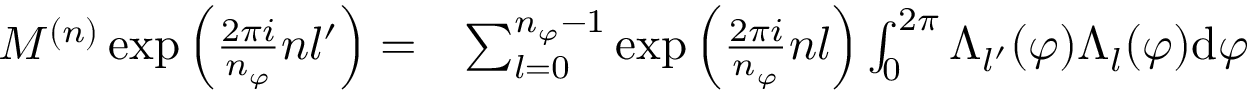
\begin{array} { r l } { M ^ { ( n ) } \exp { \left( \frac { 2 \pi i } { n _ { \varphi } } n l ^ { \prime } \right) } = } & { \sum _ { l = 0 } ^ { n _ { \varphi } - 1 } \exp { \left( \frac { 2 \pi i } { n _ { \varphi } } n l \right) } \int _ { 0 } ^ { 2 \pi } \Lambda _ { l ^ { \prime } } ( \varphi ) \Lambda _ { l } ( \varphi ) \mathrm { d } \varphi } \end{array}